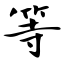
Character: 等